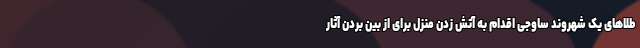
طلاهای یک شهروند ساوجی اقدام به آتش زدن منزل برای از بین بردن آثار